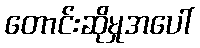
တောင်းဆိုမှုအပေါ်